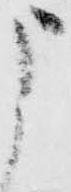
申